Calcutta medical institutions reports 1871-78
Year: 1871
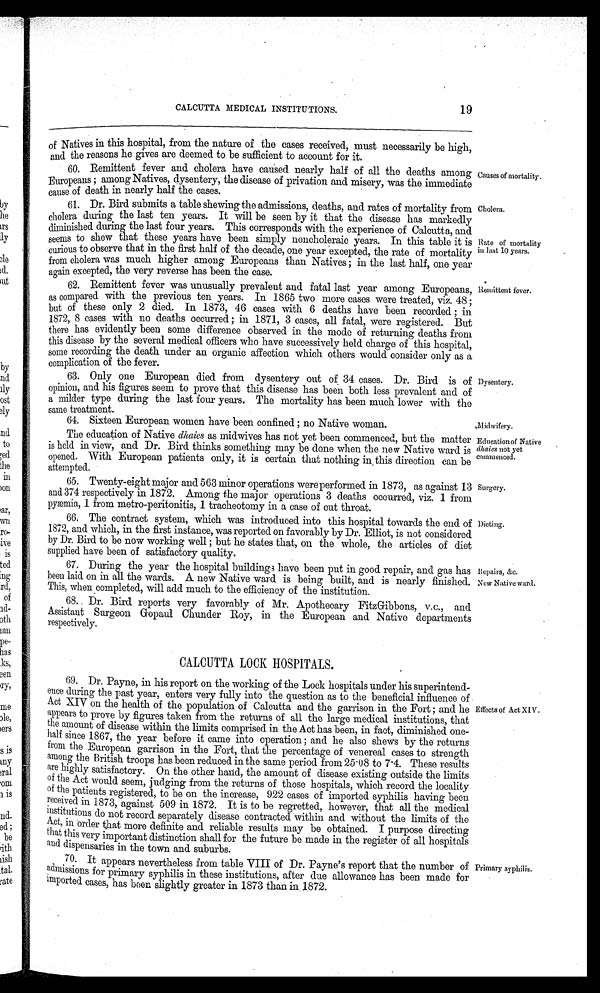
Midwifery.
Education of Native
dhaies not yet
commenced.
Surgery.
19
CALCUTTA MEDICAL INSTITUTIONS.
of Natives in this hospital, from the nature of the cases received, must necessarily be high,
and the reasons he gives are deemed to be sufficient to account for it.
60. Remittent fever and cholera have caused nearly half of all the deaths among
Europeans ; among Natives, dysentery, the disease of privation and misery, was the immediate
cause of death in nearly half the cases.
61. Dr. Bird submits a table showing the admissions, deaths, and rates of mortality from
cholera during the last ten years. It will be seen by it that the disease has markedly
diminished during the last four years. This corresponds with the experience of Calcutta, and
seems to shew that these years have been simply noncholeraic years. In this table it
curious to observe that in the first half of the decade, one year excepted, the rate of mortality
from cholera was much higher among Europeans than Natives ; in the last half, one year
again excepted, the very reverse has been the case.
62. Remittent fever was unusually prevalent and fatal last year among Europeans,
as compared with the previous ten years. In 1865 two more cases were treated, viz. 48 ;
but of these only 2 died. In 1873, 46 cases with 6 deaths have been recorded ; in
1872, 8 cases with no deaths occurred ; in 1871, 3 cases, all fatal, were registered. But
there has evidently been some difference observed in the mode of returning deaths from
this disease by the several medical officers who have successively held charge of this hospital,
some recording the death under an organic affection which others would consider only as a
complication of the fever.
63. Only one European died from dysentery out of 34 cases. Dr. Bird is of
opinion, and his figures seem to prove that this disease has been both less prevalent and of
a milder type during the last four years. The mortality has been much lower with the
same treatment.
Causes of mortality.
Cholera.
Rate of mortality
in last 10 years.
Remittent fever.
Dysentery.
64. Sixteen European women have been confined ; no Native woman.
The education of Native dhaies as midwives has not yet been commenced, but the matter
is held in view, and Dr. Bird thinks something may be done when the new Native ward is
opened. With European patients only, it is certain that nothing in this direction can be
attempted.
65. Twenty-eight major and 563 minor operations were performed in 1873, as against 13
and 374 respectively in 1872. Among the major operations 3 deaths occurred, viz. 1 from
pyæmia, 1 from metro-peritonitis, 1 tracheotomy in a case of cut throat.
66. The contract system, which was introduced into this hospital towards the end of
1872, and which, in the first instance, was reported on favorably by Dr. Elliot, is not considered.
by Dr. Bird to be now working well ; but he states that, on the whole, the articles of diet
supplied have been of satisfactory quality.
67. During the year the hospital buildings have been put in good repair, and. gas has
been laid on in all the wards. A new Native ward is being built, and is nearly finished.
This, when completed, will add much to the efficiency of the institution.
68. Dr. Bird reports very favorably of Mr. Apothecary FitzGibbons, v.c., and
Assistant Surgeon Gopaul Chunder Roy, in the European and Native departments
respectively.
Dieting.
Repairs, &c.
New Native ward.
CALCUTTA LOCK HOSPITALS.
69. Dr. Payne, in his report on the working of the Lock hospitals under his superintend-
ence during the past year, enters very fully into the question as to the beneficial influence of
Act XIV on the health of the population of Calcutta and the garrison in the Fort ; and he
appears to prove by figures taken from the returns of all the large medical institutions, that
the amount of disease within the limits comprised in the Act has been, in fact, diminished one-
half since 1867, the year before it came into operation ; and he also shews by the returns
from the European garrison in the Fort, that the percentage of venereal eases to strength
among the British troops has been reduced in the same period from 25 . 08 to 7 .4. These results
are highly satisfactory. On the other hand, the amount of disease existing outside the limits
of the Act would seem, judging from the returns of those hospitals, which record the locality
of the patients registered, to be on the increase, 922 cases of imported syphilis having been
received in 1873, against 509 in 1872. It is to be regretted, however, that all the medical
institutions do not record separately disease contracted within and without the limits of the
Act, in order that more definite and reliable results may be obtained. I purpose directing
that this very important distinction shall for the future be made in the register of all hospitals
and dispensaries in the town and suburbs.
70. It appears nevertheless from table VIII of Dr. Payne's report that the number of
a d m i s s i o n s f o r p r i m a r y s y p h i l i s i n t h e s e i n s t i t u t i o n s , a f t e r d u e a l l o w a n c e h a s b e e n m a d e f o r
i m p o r t e d c a s e s , h a s b e e n s l i g h t l y g r e a t e r i n 1 8 7 3 t h a n i n.
1 8 7 2 .
Effects of Act XIV.
Primary syphilis.